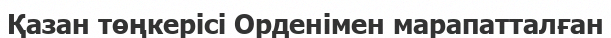
Қазан төңкерісі Орденімен марапатталған